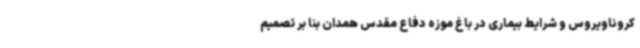
کروناویروس و شرایط بیماری در باغ موزه دفاع مقدس همدان بنا بر تصمیم